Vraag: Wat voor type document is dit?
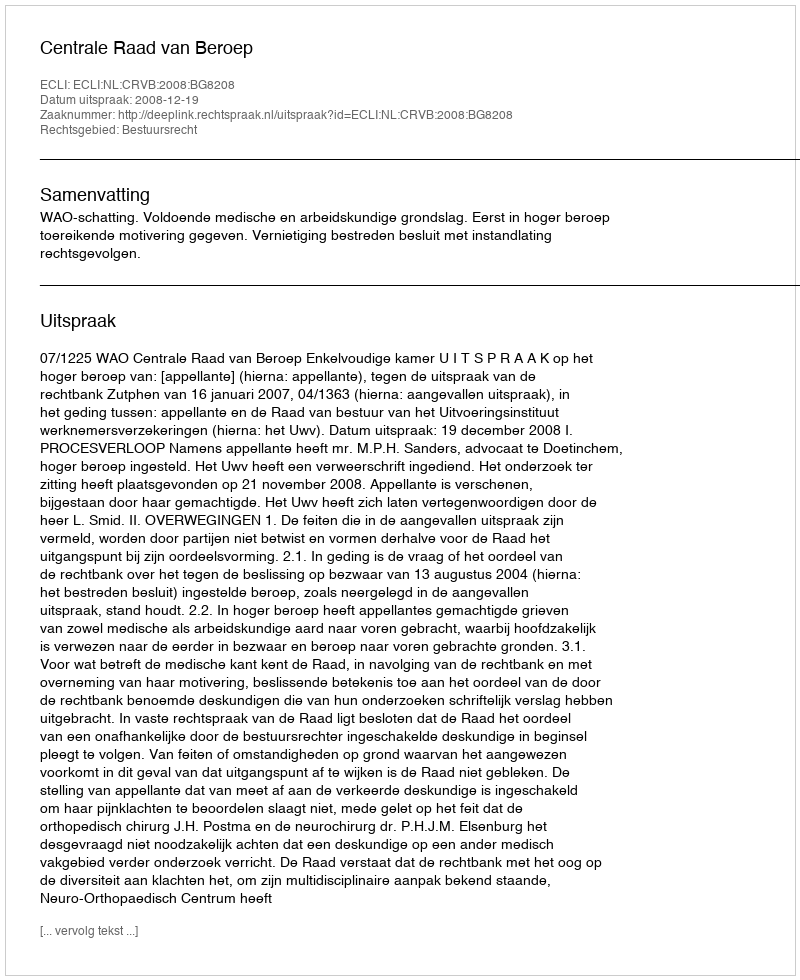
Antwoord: Uitspraak